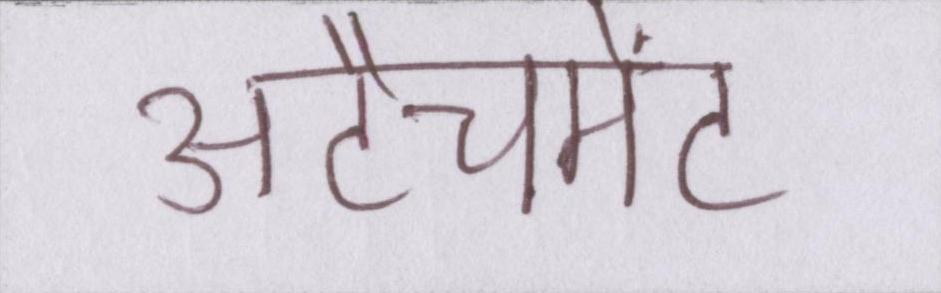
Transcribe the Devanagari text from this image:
अटैचमेंट